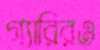
গ্যারিরও